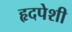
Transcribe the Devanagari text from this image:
हृदपेशी